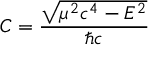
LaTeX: C = { \frac { \sqrt { \mu ^ { 2 } c ^ { 4 } - E ^ { 2 } } } { \hbar c } }